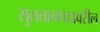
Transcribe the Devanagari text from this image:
सुलतानपदावरील